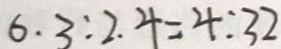
6 . 3 : 2 . 4 = 4 : 3 2